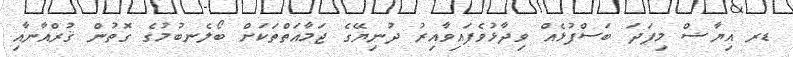
ޑރ އިޔާޟް މިފަދަ ބަސްފުޅެއް ވިދާޅުވެފައިވާއިރު ދުނިޔޭގެ ޖަމާއަތްތަކަށް ބޯލެނބުމުގެ ގޮތުން ޤުރްއާނާއި